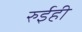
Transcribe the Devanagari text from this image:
रुईही